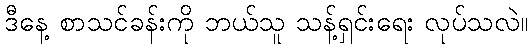
ဒီနေ့ စာသင်ခန်းကို ဘယ်သူ သန့်ရှင်းရေး လုပ်သလဲ။